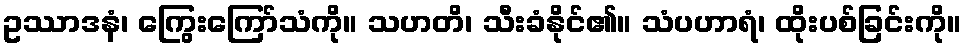
ဥဿာဒနံ၊ ကြွေးကြော်သံကို။ သဟတိ၊ သီးခံနိုင်၏။ သံပဟာရံ၊ ထိုးပစ်ခြင်းကို။